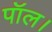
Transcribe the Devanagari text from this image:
पॉल।